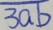
\overline { 3 a b }